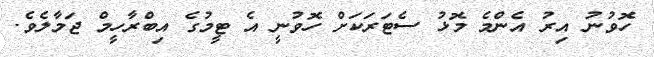
ހޮވުނު އިރު އެންމެ މޮޅު ސެޓަރަކަށް ހޮވުނީ އެ ޓީމުގެ އިބްރާހީމް ޖަމާލެވެ.